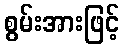
စွမ်းအားဖြင့်